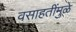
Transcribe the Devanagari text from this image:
वसाहतींमुळे